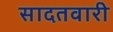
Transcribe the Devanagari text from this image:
सादतवारी